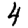
Digit: 4